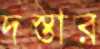
দস্তার